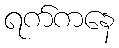
ရက်ကနေ